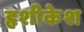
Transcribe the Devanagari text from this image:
हृशीकेश